Vaccination in Bombay 1913-1923 - 1913-1923
Year: 1913
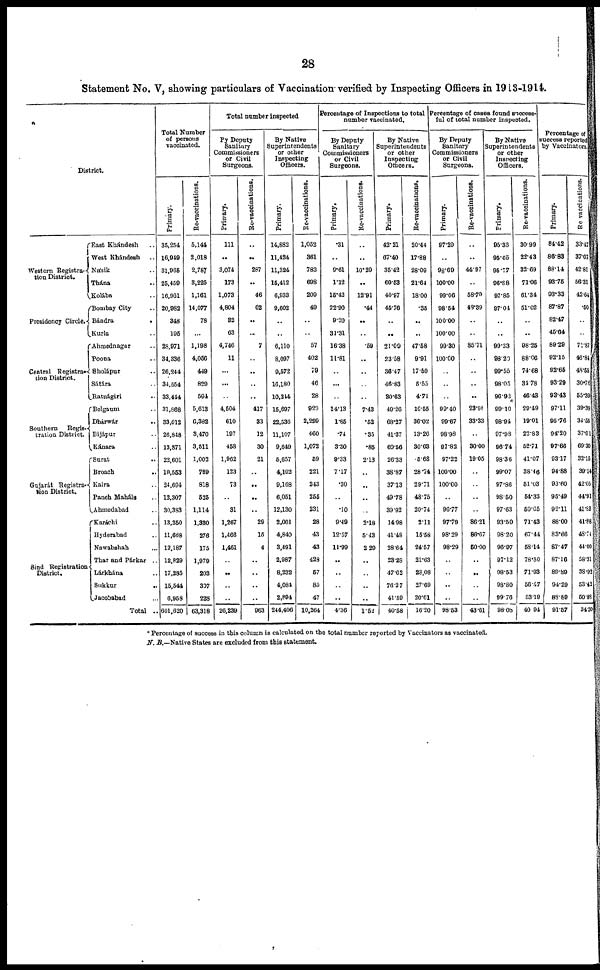
28
Statement No. V, showing particulars of Vaccination verified by Inspecting Officers in 1913-1914.
District.
Western Registra-
tion District.
Presidency Circle.
Central Registra-
tion District.
Southern
Regis-
tration District.
Gujarát Registra-
tion District.
Sind Registration
District.
East Khándesh ..
West Khándesh
..
Násik ..
Thána ..
Kolába ..
Bombay City ..
Bándra
.
Kurla ..
Ahmednagar ..
Poona ..
Sholápur ..
Sátára ..
Ratnágiri ..
Belgaum ..
Dhárwár..
Bijápur ..
Kánara ..
Surat ..
Broach
..
Kaira ..
Panch Maháls ..
Ahmedabad ..
Karáchi ..
Hyderabad ..
Nawabshah ...
Thar and Párkar ..
Lárkhána ..
Sukkur ..
Jacobabad ...
Total ..
Total Number
of persons
vaccinated.
Primary.
35,254
16,949
31,965
25,459
16,961
20,982
348
195
28,971
34,336
26,244
34,554
33,444
31,868
33,012
26,848
13,871
22,601
10,553
24,694
12,307
30,383
13,350
11,668
12,187
12,829
17,285
15,544
6,958
601,620
Re-vaccinations.
5,144
2,018
2,787
3,225
1,161
14,077
78
...
1,198
4,056
449
829
594
5,613
6,382
3,470
3,511
1,002
769
818
525
1,114
1,330
276
175
1,979
203
307
228
63,318
Total number inspected
Py Deputy
Sanitary
Commissioners
or Civil
Surgeons.
Primary.
111
..
3,074
173
1,073
4,804
32
63
4,746
11
...
...
..
4,504
610
197
458
1,962
123
73
..
31
1,267
1,466
1,461
..
..
..
..
26,239
Re-vaccinations.
..
..
287
..
46
62
..
..
7
..
..
..
..
417
33
12
30
21
..
..
..
..
29
15
4
..
..
..
..
963
By Native
Superintendents
or other
Inspecting
Officers.
Primary.
14,882
11,424
11,324
15,412
6,933
9,602
..
..
6,110
8,097
9,572
16,180
10,214
15,697
22,536
11,107
9,649
5,657
4,102
9,168
6,051
12,130
2,001
4,840
3,491
2,987
8,232
4,084
2,894
244,406
Re-vaccinations.
1,052
361
783
698
209
49
..
..
57
402
79
46
28
929
2,299
460
1,072
59
221
243
255
231
28
43
43
429
57
85
47
10,264
Percentage of Inspections to total
number vaccinated.
By Deputy
Sanitary
Commissioners
or Civil
Surgeons.
Primary.
.31
..
9.61
1.12
15.42
22.90
9.20
31.31
16.38
11.81
..
...
..
14.13
1.85
.74
3.30
9.33
7.17
.30
..
.10
9.49
12.57
11.99
..
..
..
..
4.36
Re-vaccinations.
..
..
10.29
..
12.91
.44
..
..
.59
..
..
..
..
7.43
.52
.35
.85
2.13
..
..
..
..
2.18
5.43
2.29
..
..
..
..
1.52
By Native
Superintendents
or other
Inspecting
Officers.
Primary.
42.21
67.40
35.42
60.53
40.97
45.76
..
..
21.09
23.58
36.47
46.83
30.63
49.26
68.27
41.37
69.56
26.33
38.87
37.13
49.78
39.92
14.98
41.48
28.64
23.28
47.62
76.27
41.59
40.58
Re-vaccinations.
20.44
17.88
28.09
21.64
18.00
.35
..
..
47.58
9.91
17.59
5.55
4.71
16.55
36.02
13.26
30.63
5.68
28.74
29.71
48.75
20.74
2.11
15.58
24.57
21.63
23,08
27.69
20.61
16.20
Percentage of cases found success-
ful of total number inspected.
By Deputy
Sanitary
Commissioners
or Civil
Surgeons.
Primary.
97.29
..
98.69
100.00
99.06
98.54
100.00
100.00
99.30
100.00
..
..
..
99.40
99.67
98.98
97.82
97.22
100.00
100.00
..
96.77
97.79
98.29
98.29
..
..
..
..
98.53
Re-vaccinations.
..
..
44.97
..
58.70
48.39
..
..
85.71
..
..
..
..
23.98
33.33
..
30.00
19.05
..
..
..
..
86.21
86.67
60.00
..
..
..
..
43.61
By Native
Superintendents
or other
Inspecting
Officers.
Primary.
95.33
95.05
95.77
96.88
97.85
97.04
..
..
99.33
98.20
99.55
98.05
96.92
99.10
98.94
97.98
96.74
98.36
99.07
97.86
98.50
97.63
93.50
98.20
96.97
97.12
98.53
98.80
99.76
98.08
Re-vaccinations.
30.99
22.43
32.69
71.06
61.34
51.02
..
..
98.25
88.06
74.68
34.78
46.43
20.49
19.01
22.83
52.71
41.07
38.46
51.03
54.33
50.65
71.43
67.44
58.14
78.50
71.93
56.47
53.19
40.94
Percentage of
success reported
by Vaccinators.
Primary.
84.42
86.83
88.14
93.75
93.33
87.87
82.47
45.64
89.29
92.15
92.65
93.29
93.43
97.11
96.76
94.20
97.66
93.17
94.88
93.60
95.49
92.11
88.00
83.66
87.47
87.16
89.89
94.29
88.89
91.57
Re-vaccinations.
33.47
37.07
42.81
56.31
42.64
.50
..
..
71.87
46.84
48.55
30.76
55.39
39.39
34.55
37.61
69.30
32.15
39.14
42.05
44.91
41.83
41.88
48.74
44.00
58.31
38.92
53.42
50.88
34.30
* Percentage of success in this column is calculated on the total number reported by Vaccinators as vaccinated.
N. B.—Native States are excluded from this statement.